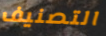
التصنيف